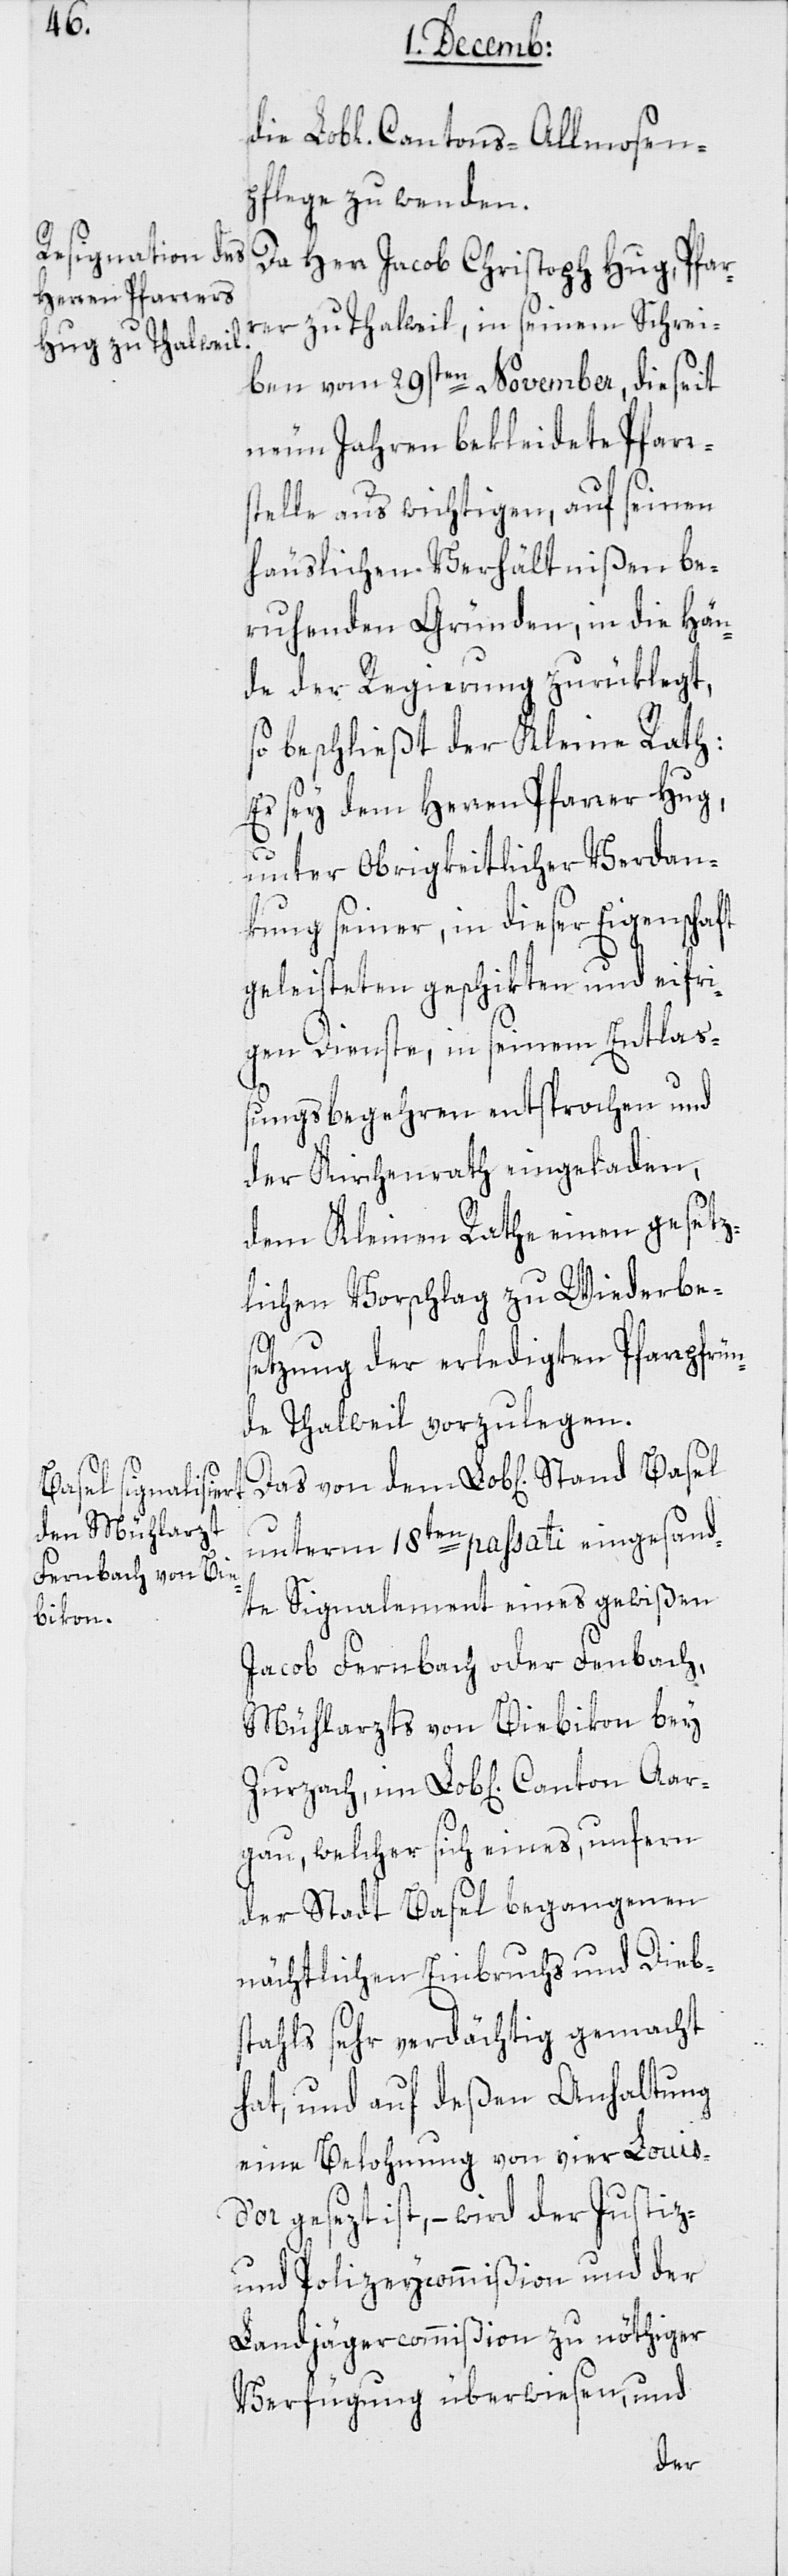
pflege zu wenden.
Da Herr Jacob Christoph Hug, Pfar¬
rer zu Thalweil, in seinem Schrei¬
ben vom 29sten November, die seit
neun Jahren bekleidete Pfarr¬
stelle aus wichtigen, auf seinen
häuslichen Verhältnißen be¬
ruhenden Gründen, in die Hän¬
de der Regierung zurüklegt,
so beschließt der Kleine Rath:
Es sey dem Herren Pfarrer Hug,
unter Obrigkeitlicher Verdan¬
kung seiner, in dieser Eigenschaft
geleisteten geschikten und eifri¬
gen Dienste, in seinem Entlaß¬
ungsbegehren entsprochen und
der Kirchenrath eingeladen,
dem Kleinen Rathe einen gesetz¬
lichen Vorschlag zu Wiederbe¬
setzung der erledigten Pfarrpfrün¬
de Thalweil vorzulegen.
Cantons-Allmosen¬
unterm 18ten passati eingesand¬
te Signalement eines gewißen
Jacob Fernbach oder Fenbach,
Mühlarzts von Biebikon bey
gau, welcher sich eines, unfern
der Stadt Basel begangenen
nächtlichen Einbruchs und Dieb¬
stahls sehr verdächtig gemacht
hat, und auf deßen Anhaltung
einen Belohnung von vier Louis
d’or gesezt ist, – wird der Justiz-
und Polizeycommißion und der
Lamdjägercommißion zu nöthiger
Verfügung überwiesen, und
Aar¬